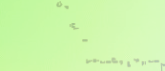
خدمات التوصيل الغذائي من